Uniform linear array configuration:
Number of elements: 4
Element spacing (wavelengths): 0.25
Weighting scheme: hann
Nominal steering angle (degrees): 15
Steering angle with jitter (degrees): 13.817
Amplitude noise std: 0.05
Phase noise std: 0.05

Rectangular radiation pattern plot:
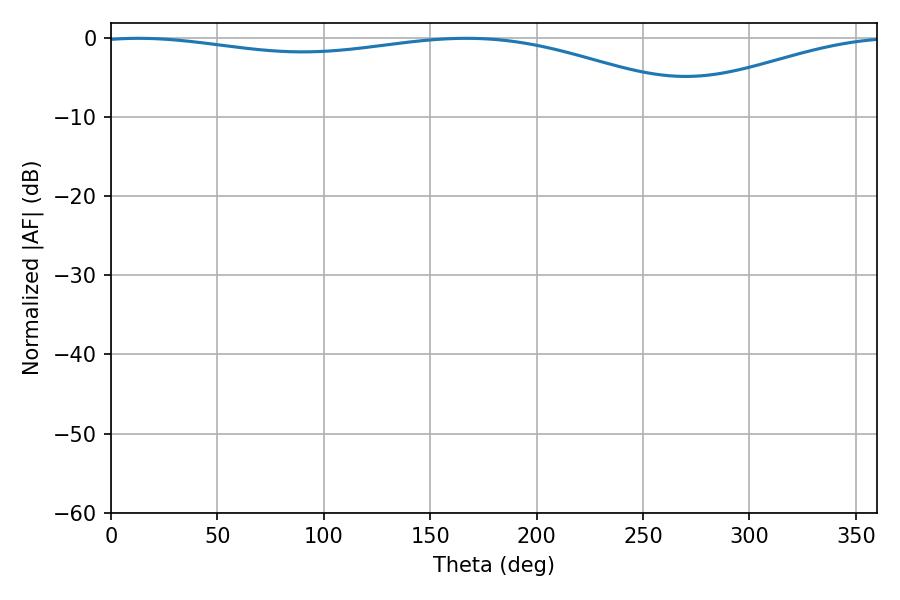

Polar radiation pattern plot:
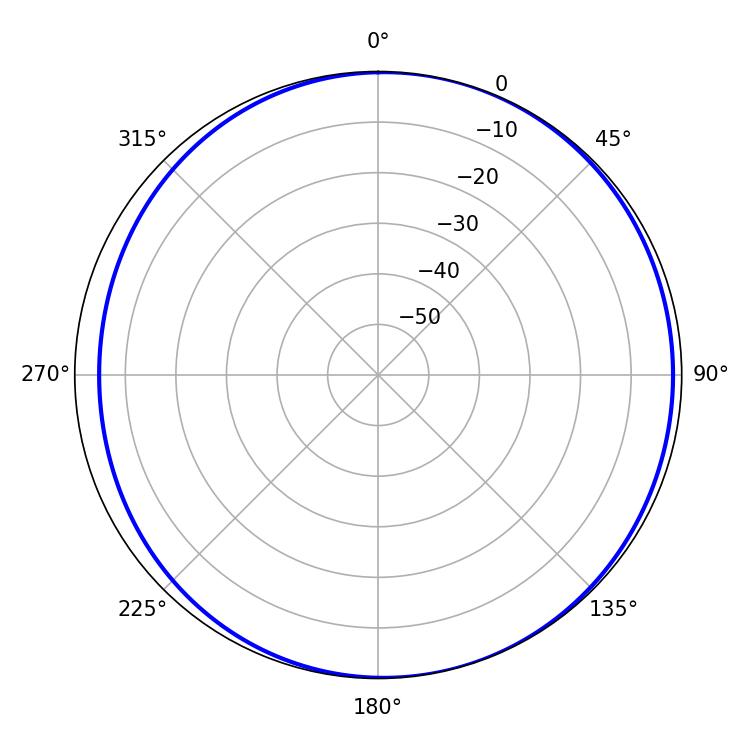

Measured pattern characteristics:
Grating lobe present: FALSE
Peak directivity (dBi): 5.139
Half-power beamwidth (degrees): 230.94
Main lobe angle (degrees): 12.96